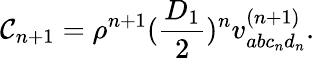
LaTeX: \mathcal{C}_{n+1}=\rho^{n+1}(\frac{{D_{1}}}{{2}})^{n}v_{abc_{n}d_{n}}^{(n+1)}.